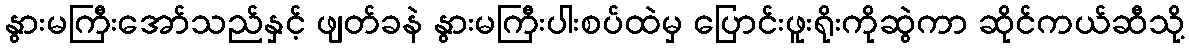
နွားမကြီးအော်သည်နှင့် ဖျတ်ခနဲ နွားမကြီးပါးစပ်ထဲမှ ပြောင်းဖူးရိုးကိုဆွဲကာ ဆိုင်ကယ်ဆီသို့